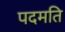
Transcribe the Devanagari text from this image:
पदमति